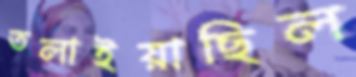
তলাইয়াছিল